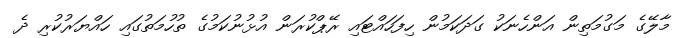
މާލޭގެ މަގުމަތިން އަންހެނަކު ގަދަކަމުން ހިފަހައްޓައި ރޭޕްކުރަން އުޅުނުކަމުގެ ތުހުމަތުގައި ހައްޔަރުކުރި ދެ